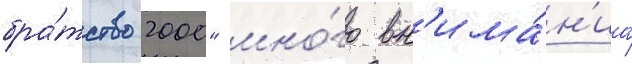
бра́тство 2000" мно́го вн'има́н'иа